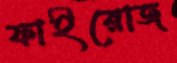
ফাইরোজ